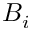
B _ { i }